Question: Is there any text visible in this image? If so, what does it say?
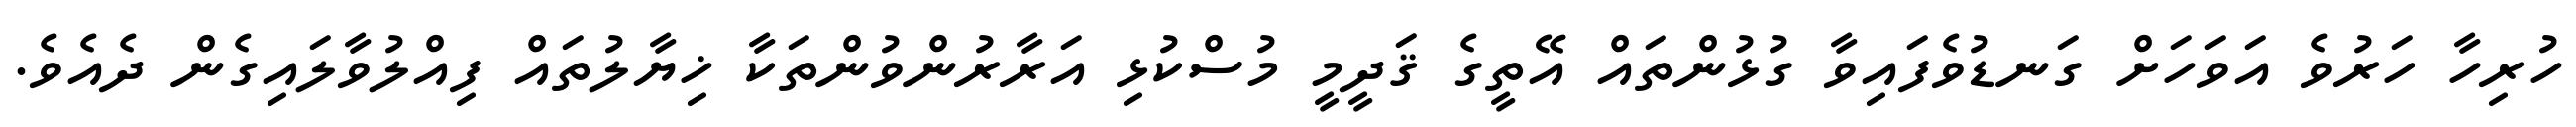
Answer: ހުރިހާ ހަރުވެ އަވަހަށް ގަނޑުވެފައިވާ ގުޅުންތައް އޭތީގެ ޤަދީމީ މުސްކުޅި އަރާރުންވުންތަކާ ޚިޔާލުތައް ފިއްލުވާލައިގެން ދެއެވެ.